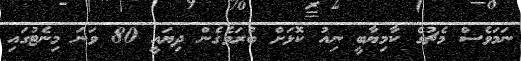
ނަމަވެސް މެޗުގެ ކާމިޔާބީ ނިއު ކޮޅަށް ބުރަވެގެން ދިޔައީ 80 ވަނަ މިނެޓުގައި